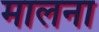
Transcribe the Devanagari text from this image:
मालना